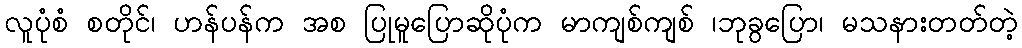
လူပုံစံ စတိုင်၊ ဟန်ပန်က အစ ပြုမူပြောဆိုပုံက မာကျစ်ကျစ် ၊ဘုခွပြော၊ မသနားတတ်တဲ့